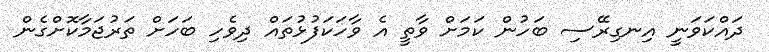
ދައްކަވަނީ އިނގިރޭސި ބަހުން ކަމަށް ވާތީ އެ ވާހަކަފުޅުތައް ދިވެހި ބަހަށް ތަރުޖަމާކޮށްގެން